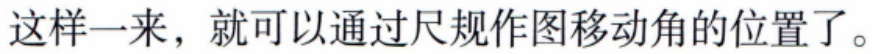
这样一来，就可以通过尺规作图移动角的位置了。